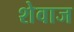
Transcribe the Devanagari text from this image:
शेवाज